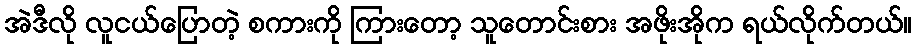
အဲဒီလို လူငယ်ပြောတဲ့ စကားကို ကြားတော့ သူတောင်းစား အဖိုးအိုက ရယ်လိုက်တယ်။